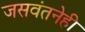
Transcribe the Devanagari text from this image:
जसवंतनेही